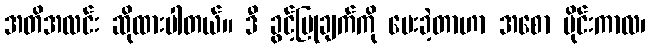
အတိအလင်း ဆိုထားပါတယ်။ ဒီ ခွင့်ပြုချက်ကို ပေးခဲ့တာဟာ အစော ပိုင်းကာလ၊